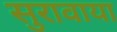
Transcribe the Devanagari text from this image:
सुरावाया